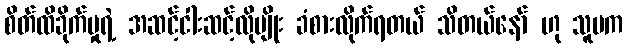
စိတ်ထိခိုက်မှုရဲ့ အဆင့်ငါးဆင့်လိုမျိုး ခံစားလိုက်ရတယ် သိတယ်နော် ဟု သူမက